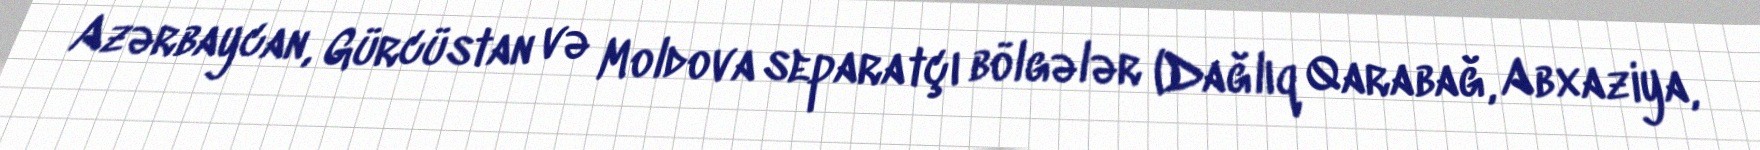
Azərbaycan, Gürcüstan və Moldova separatçı bölgələr (Dağlıq Qarabağ, Abxaziya,